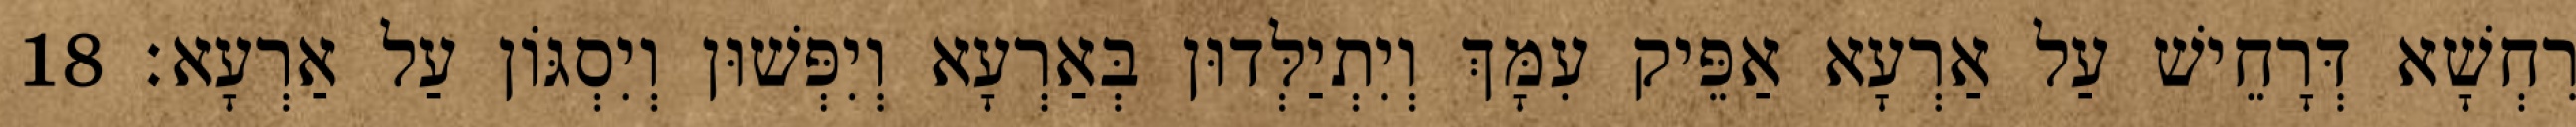
רִחְשָׁא דְּרָחֵישׁ עַל אַרְעָא אַפֵּיק עִמָּךְ וְיִתְיַלְּדוּן בְּאַרְעָא וְיִפְּשׁוּן וְיִסְגּוֹן עַל אַרְעָא׃ 18